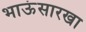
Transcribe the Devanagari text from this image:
भाऊंसारखा